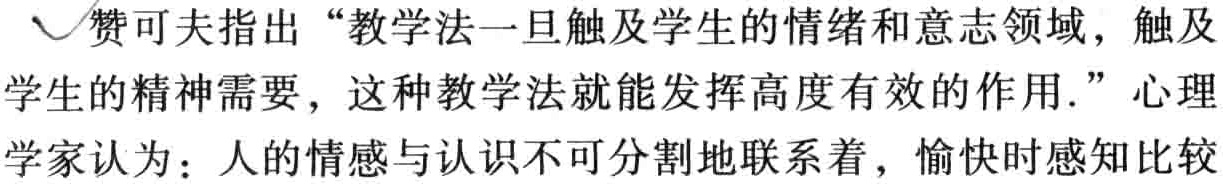
赞可夫指出 “教学法一旦触及学生的情绪和意志领域，触及学生的精神需要，这种教学法就能发挥高度有效的作用.” 心理学家认为：人的情感与认识不可分割地联系着，愉快时感知比较